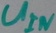
Text: UIN